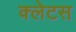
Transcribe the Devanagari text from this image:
क्लेटस